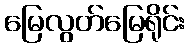
မြေလွတ်မြေရိုင်း